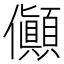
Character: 𠑘